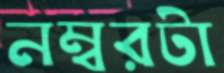
নম্বরটা